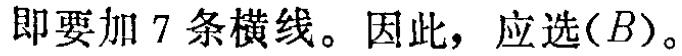
即要加 7 条横线。因此，应选$(B)$。